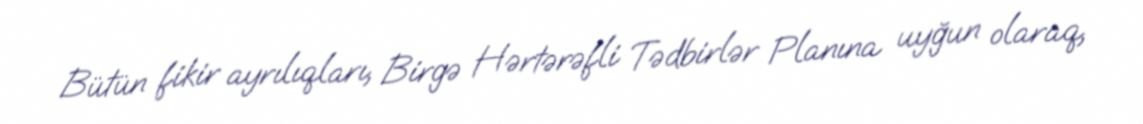
Bütün fikir ayrılıqları, Birgə Hərtərəfli Tədbirlər Planına uyğun olaraq,